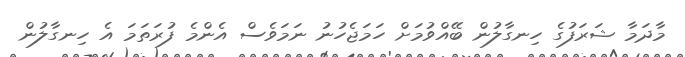
މާދަމާ ޝަރަފުގެ ހިނގާލުން ބޭއްވުމަށް ހަމަޖެހުނު ނަމަވެސް އެންމެ ފުރަތަމަ އެ ހިނގާލުން